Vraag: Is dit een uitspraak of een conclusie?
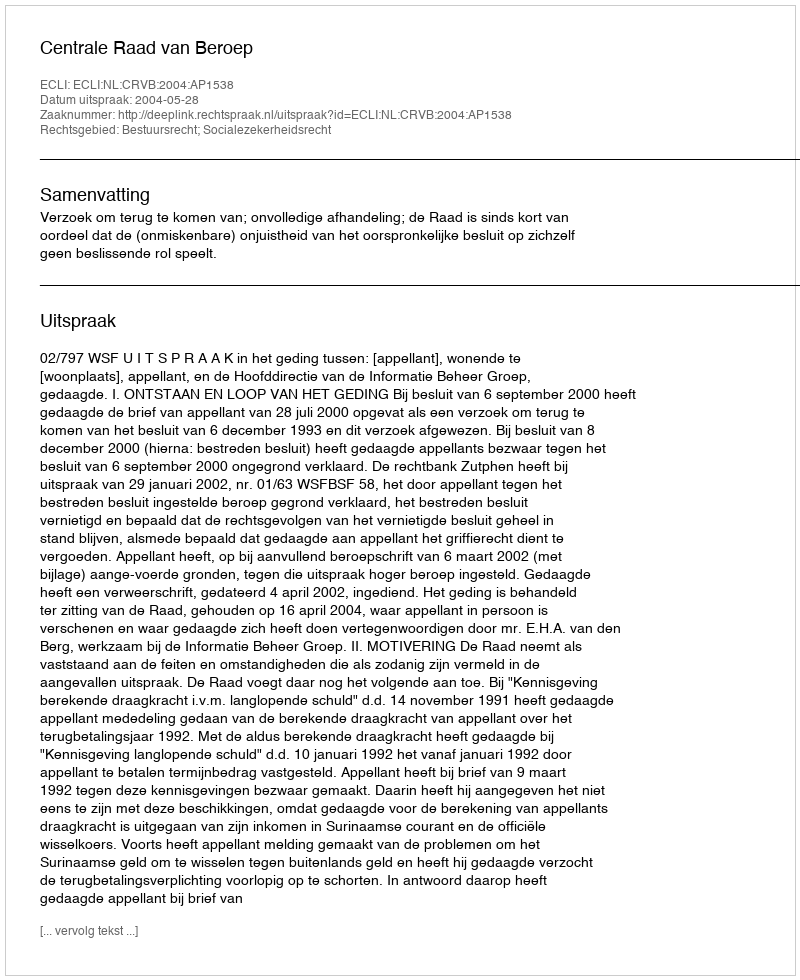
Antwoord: Uitspraak